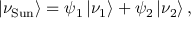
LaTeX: | \nu _ { \mathrm { S u n } } \rangle = \psi _ { 1 } \, | \nu _ { 1 } \rangle + \psi _ { 2 } \, | \nu _ { 2 } \rangle \, ,